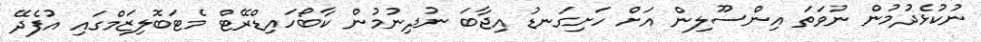
ނުކުޅެދުމުން ނުވަތަ އިންސޫލިން އަށް ހަށިގަނޑު އިޖާބަ ނުދިނުމުން ކާބޯހައިޑްރޭޓް މެޓަބޮލިޒަމްގައި އުފެދޭ